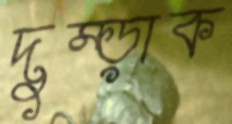
দুম্‌ড়াক